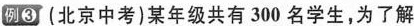
例③(北京中考)某年级共有300名学生，为了解